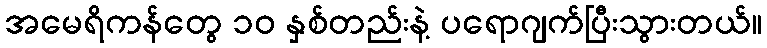
အမေရိကန်တွေ ၁၀ နှစ်တည်းနဲ့ ပရောဂျက်ပြီးသွားတယ်။